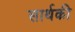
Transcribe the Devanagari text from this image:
सार्थकी